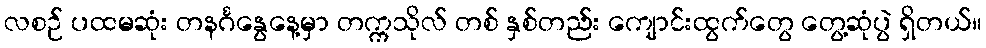
လစဉ် ပထမဆုံး တနင်္ဂနွေနေ့မှာ တက္ကသိုလ် တစ် နှစ်တည်း ကျောင်းထွက်တွေ တွေ့ဆုံပွဲ ရှိတယ်။